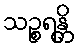
သဉ္စရန္တိ